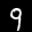
Label: 9